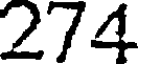
274